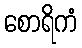
စောရိကံ